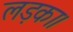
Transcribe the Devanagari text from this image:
लड़का।